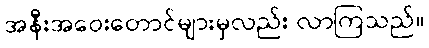
အနီးအဝေးတောင်များမှလည်း လာကြသည်။